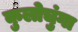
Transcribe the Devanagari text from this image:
कुलोचुंगा